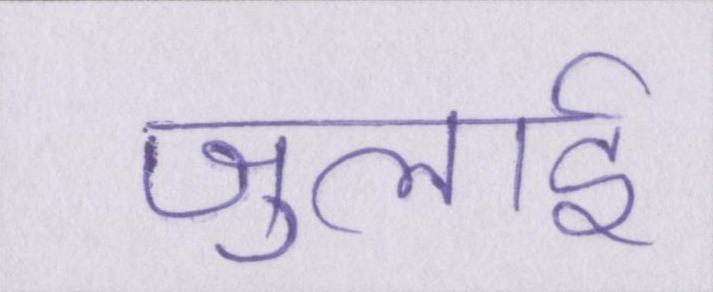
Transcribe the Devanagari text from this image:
जुलाई